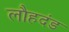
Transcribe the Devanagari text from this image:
लौहदंड